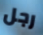
رجل